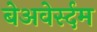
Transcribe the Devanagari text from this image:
बेअवेर्स्दम